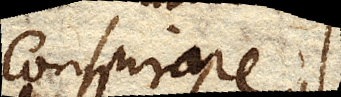
conspirare